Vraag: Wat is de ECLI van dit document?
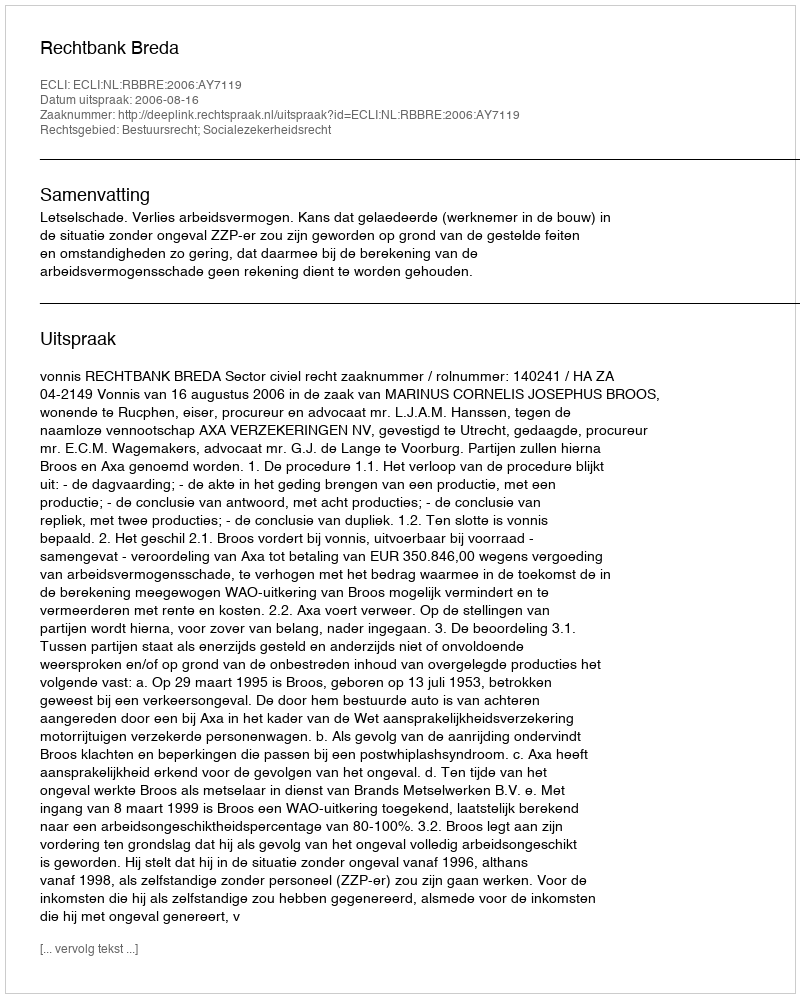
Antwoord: ECLI:NL:RBBRE:2006:AY7119